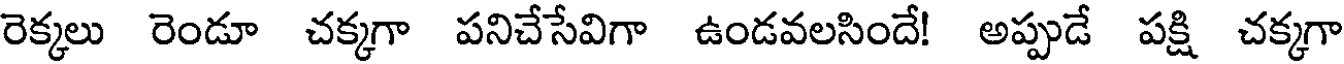
రెక్కలు రెండూ చక్కగా పనిచేసేవిగా ఉండవలసిందే! అప్పుడే పక్షి చక్కగా